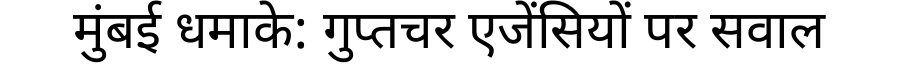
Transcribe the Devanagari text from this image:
मुंबई धमाके: गुप्तचर एजेंसियों पर सवाल